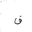
Letter: _qaf